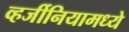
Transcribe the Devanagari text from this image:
व्हर्जीनियामध्ये